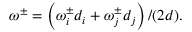
\omega ^ { \pm } = \left( \omega _ { i } ^ { \pm } d _ { i } + \omega _ { j } ^ { \pm } d _ { j } \right) / ( 2 d ) .